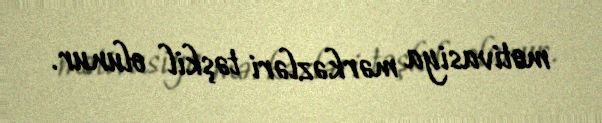
motivasiya mərkəzləri təşkil olunur.